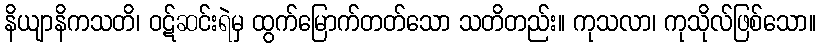
နိယျာနိကသတိ၊ ဝဋ်ဆင်းရဲမှ ထွက်မြောက်တတ်သော သတိတည်း။ ကုသလာ၊ ကုသိုလ်ဖြစ်သော။